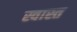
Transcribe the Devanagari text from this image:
स्वास्त